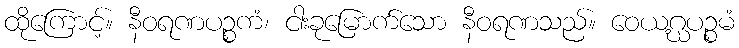
ထိုကြောင့်။ နီဝရဏပဉ္စကံ၊ ငါးခုမြောက်သော နီဝရဏသည်။ ဝေယဂ္ဃပဉ္စမံ